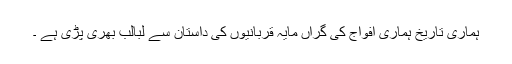
ہماری تاریخ ہماری افواج کی گراں مایہ قربانیوں کی داستان سے لبالب بھری پڑی ہے ۔